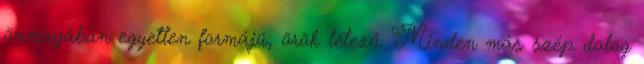
önmagában egyetlen formájú, örök létező. Minden más szép dolog